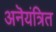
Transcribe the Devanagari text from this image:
अनॆयंत्रित